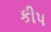
કીપ